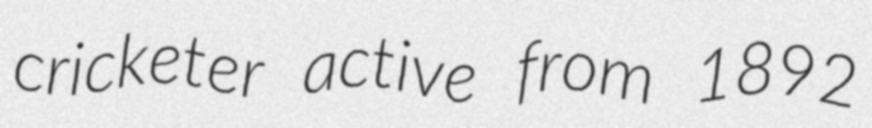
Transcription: cricketer active from 1892